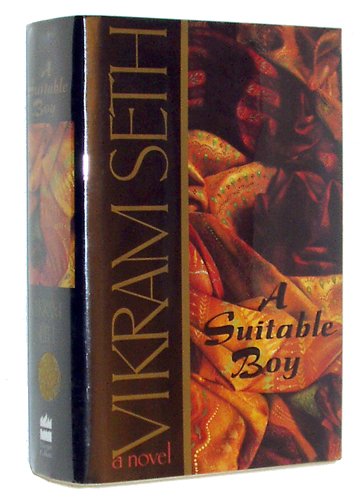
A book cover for A Suitable Boy: A Novel; Vikram Seth; Literature & Fiction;